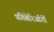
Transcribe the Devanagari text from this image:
प्रतिबेरिऑनों